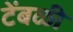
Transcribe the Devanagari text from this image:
टेंबळी